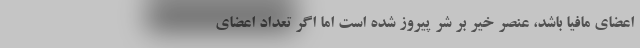
اعضای مافیا باشد، عنصر خیر بر شر پیروز شده است اما اگر تعداد اعضای